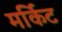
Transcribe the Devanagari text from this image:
मर्किट